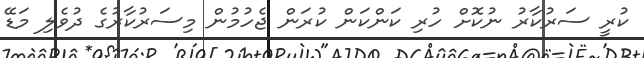
ކުރީ ސަރުކާރު ނުކޮށް ހުރި ކަންކަން ކުރަން ޖެހުމުން މިސަރުކާރުގެ ދުވެލި މަޑޭ